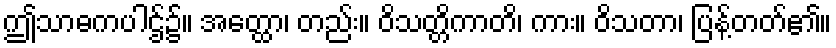
ဤသာဓကပါဌ်၌။ အတ္ထော၊ တည်း။ ဝိသတ္တိကာတိ၊ ကား။ ဝိသတာ၊ ပြန့်တတ်၏။